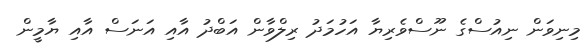
މިނިވަން ނިއުސްގެ ނޫސްވެރިޔާ އަހުމަދު ރިލްވާން އަބްދު އާއި އަނަސް އާއި ޔާމީން